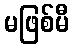
မဖြစ်မီ